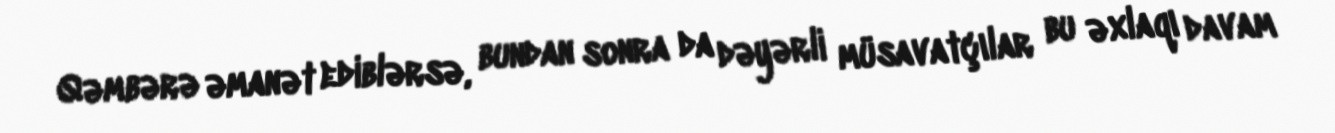
Qəmbərə əmanət ediblərsə, bundan sonra da dəyərli müsavatçılar bu əxlaqı davam